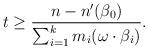
LaTeX: \begin{align*}t \ge \frac{n-n'(\beta_0)}{\sum_{i=1}^k m_i (\omega \cdot \beta_i)}.\end{align*}